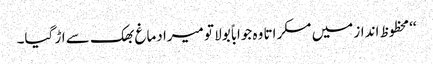
‘‘محظوظ انداز میں مسکراتا وہ جواباً بولا تو میرا دماغ بھک سے اڑ گیا۔